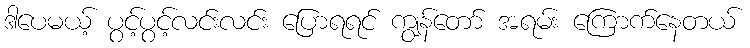
ဒါပေမယ့် ပွင့်ပွင့်လင်းလင်း ပြောရရင် ကျွန်တော် အရမ်း ကြောက်နေတယ်